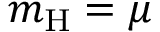
m _ { \mathrm { H } } = \mu